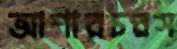
আশারচরস